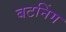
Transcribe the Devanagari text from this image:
बटनिंग